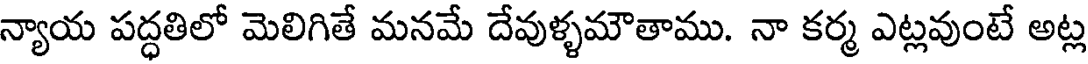
న్యాయ పద్ధతిలో మెలిగితే మనమే దేవుళ్ళమౌతాము. నా కర్మ ఎట్లవుంటే అట్ల